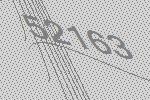
52163